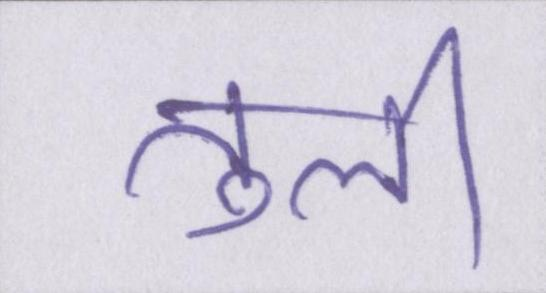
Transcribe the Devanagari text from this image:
तुली